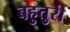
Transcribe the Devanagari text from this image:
बहुतुरी